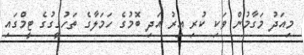
މިއަދު މަގާމުން ވަކި ކުރި އިރު އަދި ބޮމުގެ ހަމަލާގެ ތަހުގީގުގެ ޓީމްގައި